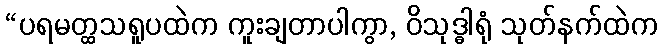
“ပရမတ္ထသရူပထဲက ကူးချတာပါကွာ, ဝိသုဒ္ဓါရုံ သုတ်နက်ထဲက